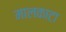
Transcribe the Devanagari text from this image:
मालकाटा